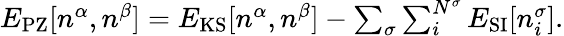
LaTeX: \begin{array}{r}{E_{\mathrm{PZ}}[n^{\alpha},n^{\beta}]=E_{\mathrm{KS}}[n^{\alpha},n^{\beta}]-\sum_{\sigma}\sum_{i}^{N^{\sigma}}E_{\mathrm{SI}}[n_{i}^{\sigma}].}\end{array}